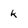
Character: k